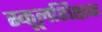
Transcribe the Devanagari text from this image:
स्कूलशिक्षक